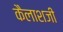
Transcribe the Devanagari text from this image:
कैलाशजी